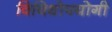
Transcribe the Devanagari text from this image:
विविधोपयोगी